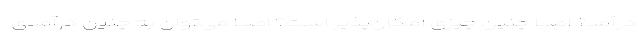
درآمد؟ اصلا چنین چیزی امکان‌پذیر است؟ اصلا می‌توان به چنین درآمدی